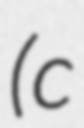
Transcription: (c